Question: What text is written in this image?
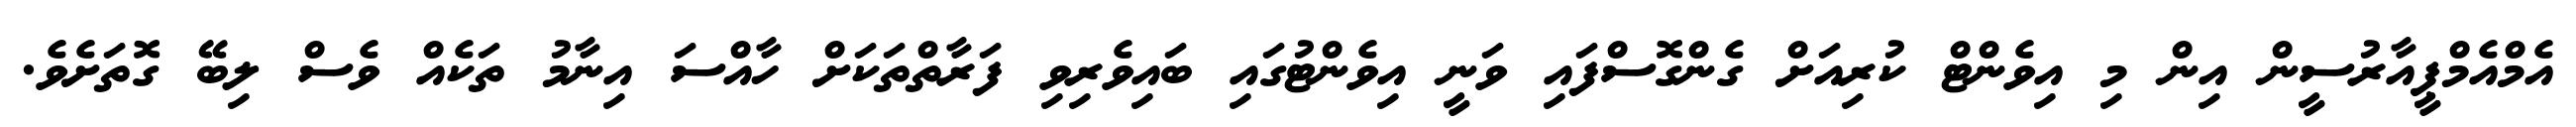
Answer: އެމްއެމްޕީއާރުސީން އިން މި އިވެންޓް ކުރިއަށް ގެންގޮސްފައި ވަނީ އިވެންޓުގައި ބައިވެރިވި ފަރާތްތަކަށް ހާއްސަ އިނާމު ތަކެއް ވެސް ލިބޭ ގޮތަށެވެ.